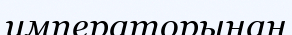
императорынан